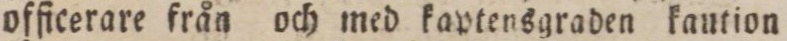
officerare från och med kavtensgraden kaution